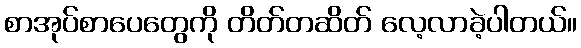
စာအုပ်စာပေတွေကို တိတ်တဆိတ် လေ့လာခဲ့ပါတယ်။